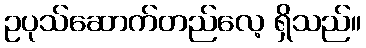
ဥပုသ်ဆောက်တည်လေ့ ရှိသည်။